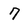
Character: 7